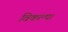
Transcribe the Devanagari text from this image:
विकल्प।